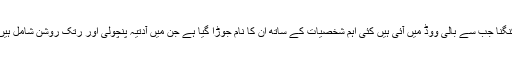
کنگنا جب سے بالی ووڈ میں آئی ہیں کئی اہم شخصیات کے ساتھ ان کا نام جوڑا گیا ہے جن میں آدتیہ پنچولی اور رتک روشن شامل ہیں۔